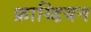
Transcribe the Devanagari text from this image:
फ्राय्डियन